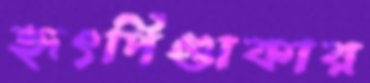
হৃৎপিণ্ডাকার